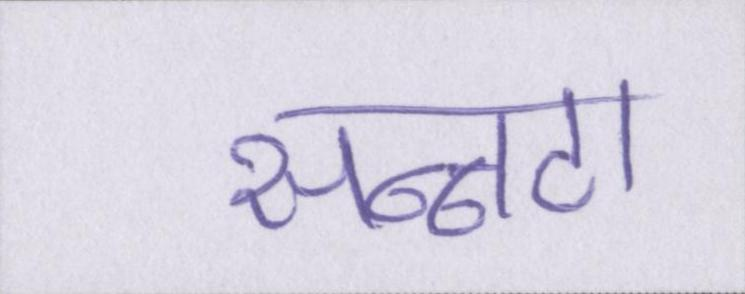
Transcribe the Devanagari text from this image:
सन्नाटा